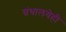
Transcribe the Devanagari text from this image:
ग्रंथालयेही